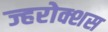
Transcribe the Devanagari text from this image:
ज्हरोक्शस